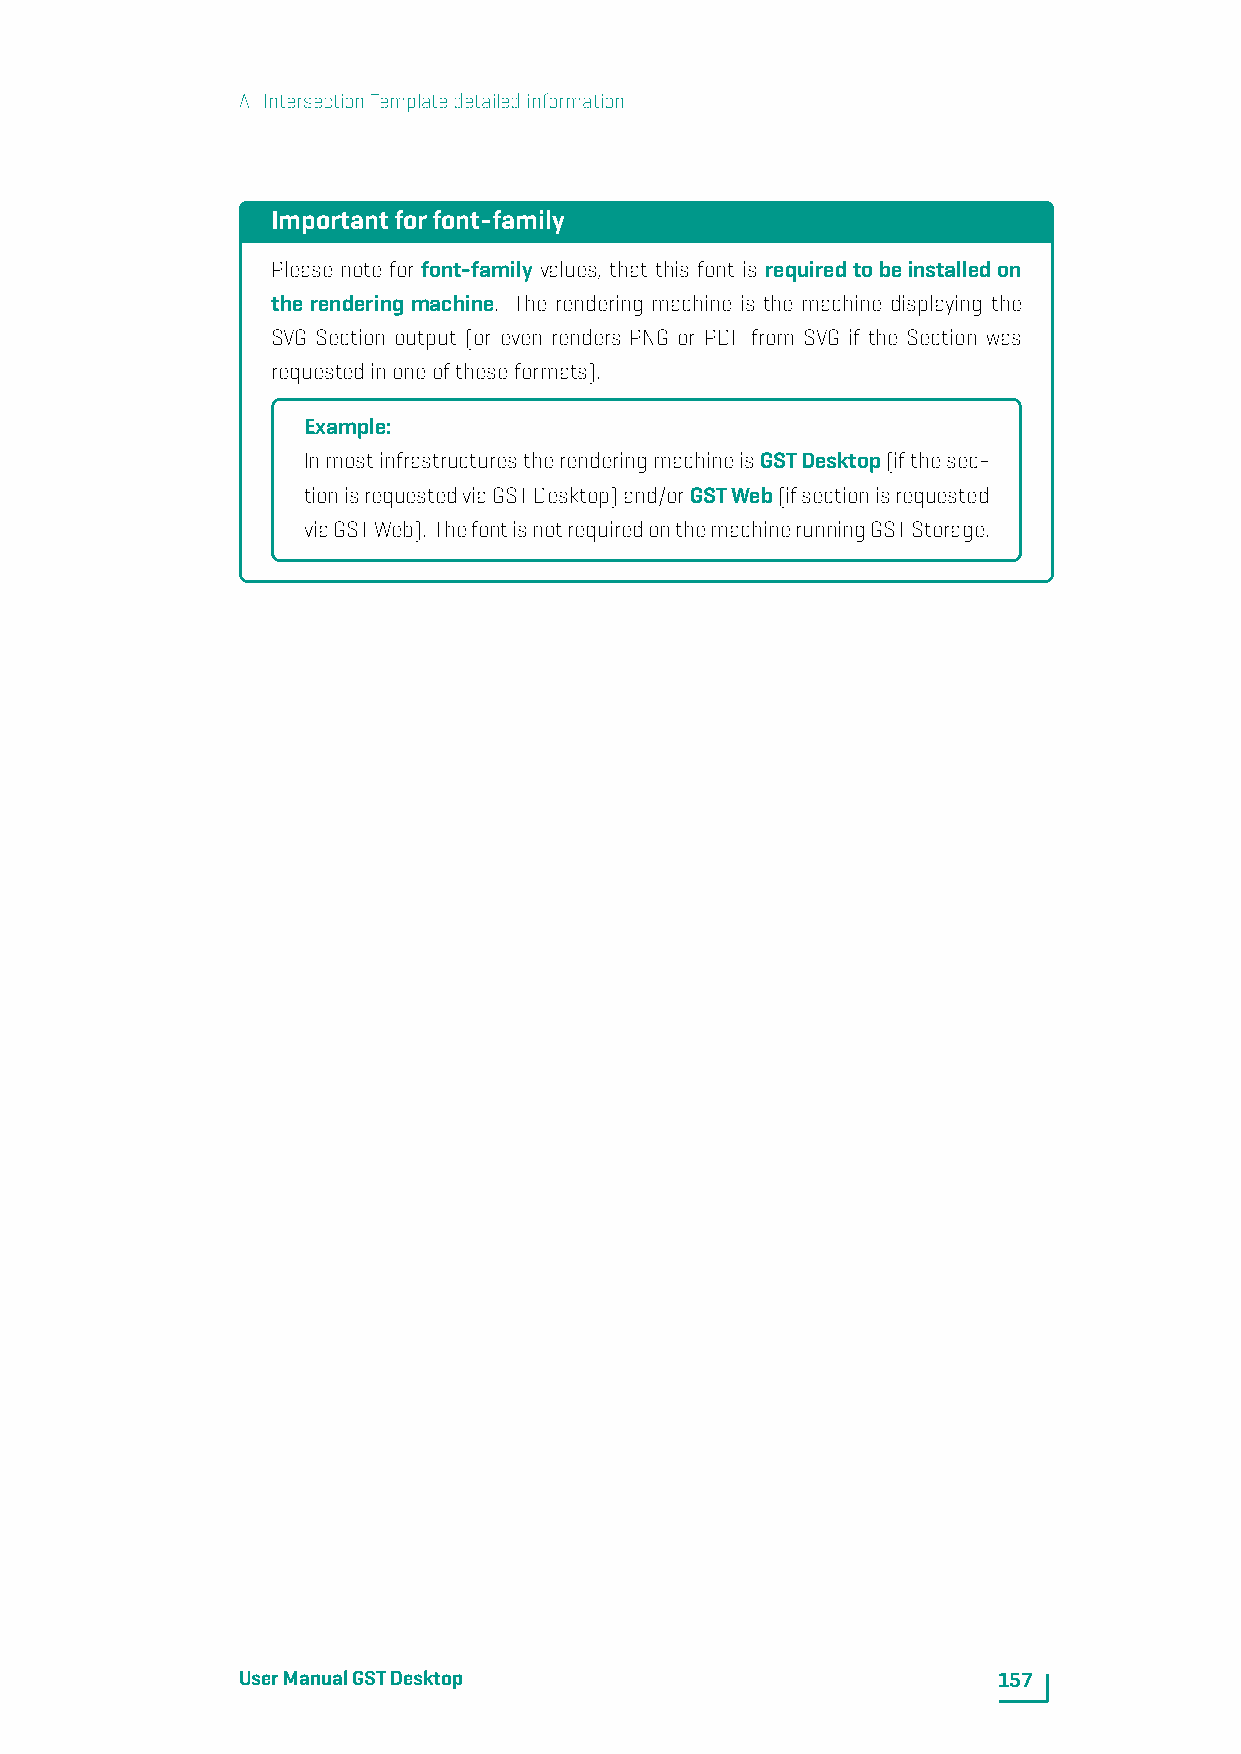
A. IntersectionTemplatedetailedinformation
 Importantforfont-family
 Please note for font-family values, that this font is requiredtobeinstalledon
 the rendering machine. The rendering machine is the machine displaying the
 SVG Section output (or even renders PNG or PDF from SVG if the Section was
 requestedinoneoftheseformats).
 Example:
 InmostinfrastructurestherenderingmachineisGSTDesktop(ifthesec-
 tionisrequestedviaGSTDesktop)and/orGSTWeb(ifsectionisrequested
 viaGSTWeb). ThefontisnotrequiredonthemachinerunningGSTStorage.
 UserManualGSTDesktop                              157